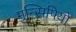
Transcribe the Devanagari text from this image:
मुन्सिपियो